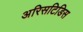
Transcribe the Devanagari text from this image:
अरिसटिडिस